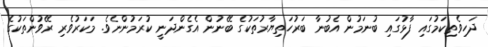
ދަހިވެތިކަމުގައި ފާޅުގައި ބުނަމުން އެބުނާ ބަރުހަތިޔާރުތަކުގެ ބޭނުން އެގެންދަނީ ކުރަމުންނެވެ. މަކަރުވެރި ރޭވުންތަކުގެ